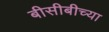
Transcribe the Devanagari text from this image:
बीसीबीच्या